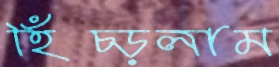
হিঁচ্‌ড়লাম